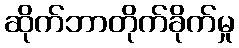
ဆိုက်ဘာတိုက်ခိုက်မှု